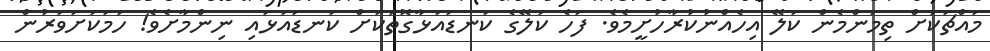
މައްޗަކަށް ތިމަންމެން ކަލޭ އިހެއްނުކުރާހުށީމެވެ. ފަހެ ކަލޭގެ ކަނޑައަޅާގޮތަކަށް ކަނޑައަޅައި ނިންމާށެވެ! ހަމަކަށަވަރުން